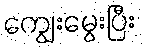
ကျွေးမွေးပြီး